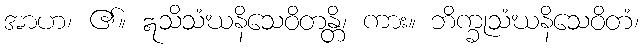
အာဟ၊ ၏။ ဣသိသံဃနိသေဝိတန္တိ၊ ကား။ ဘိက္ခုသံဃနိသေဝိတံ၊